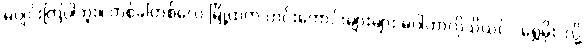
မပျင်းကြပါဘူး။ တစ်ခါတစ်လေ မြို့ထဲက ဟင်းကောင်းများများ မပါတာကိုသိယင် “ရွှေမိုး”လို့